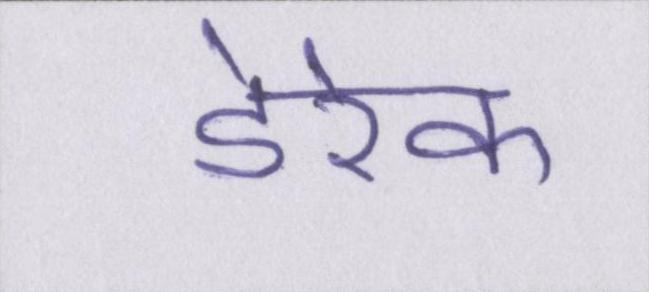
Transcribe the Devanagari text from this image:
डेरेक